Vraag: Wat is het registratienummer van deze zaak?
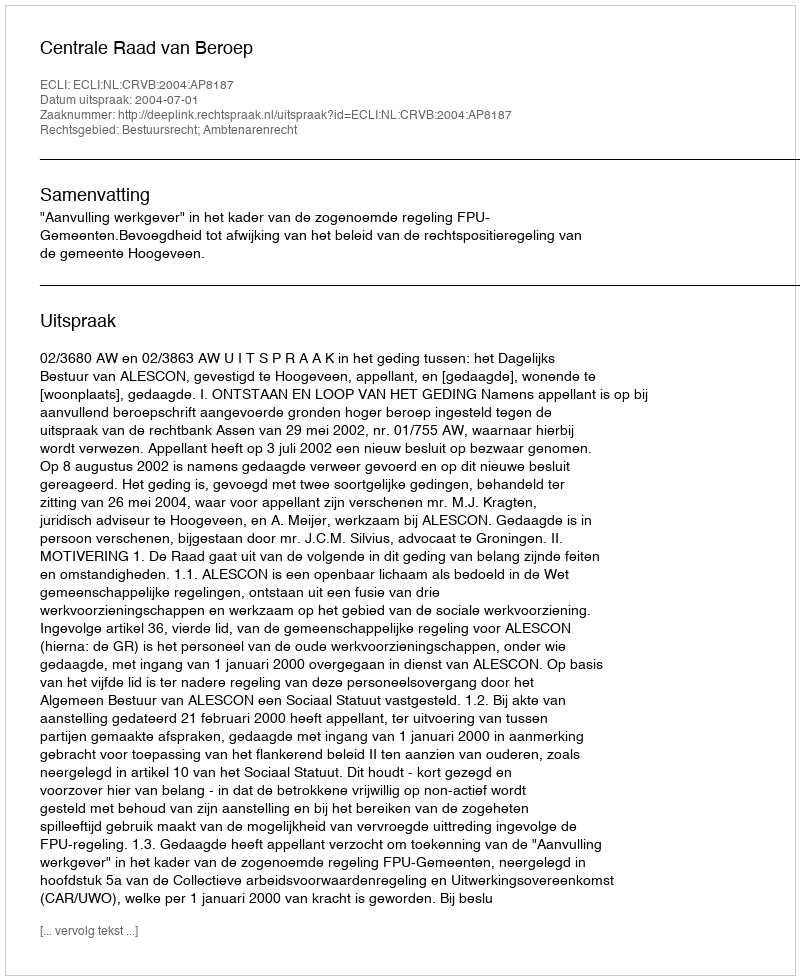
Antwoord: http://deeplink.rechtspraak.nl/uitspraak?id=ECLI:NL:CRVB:2004:AP8187